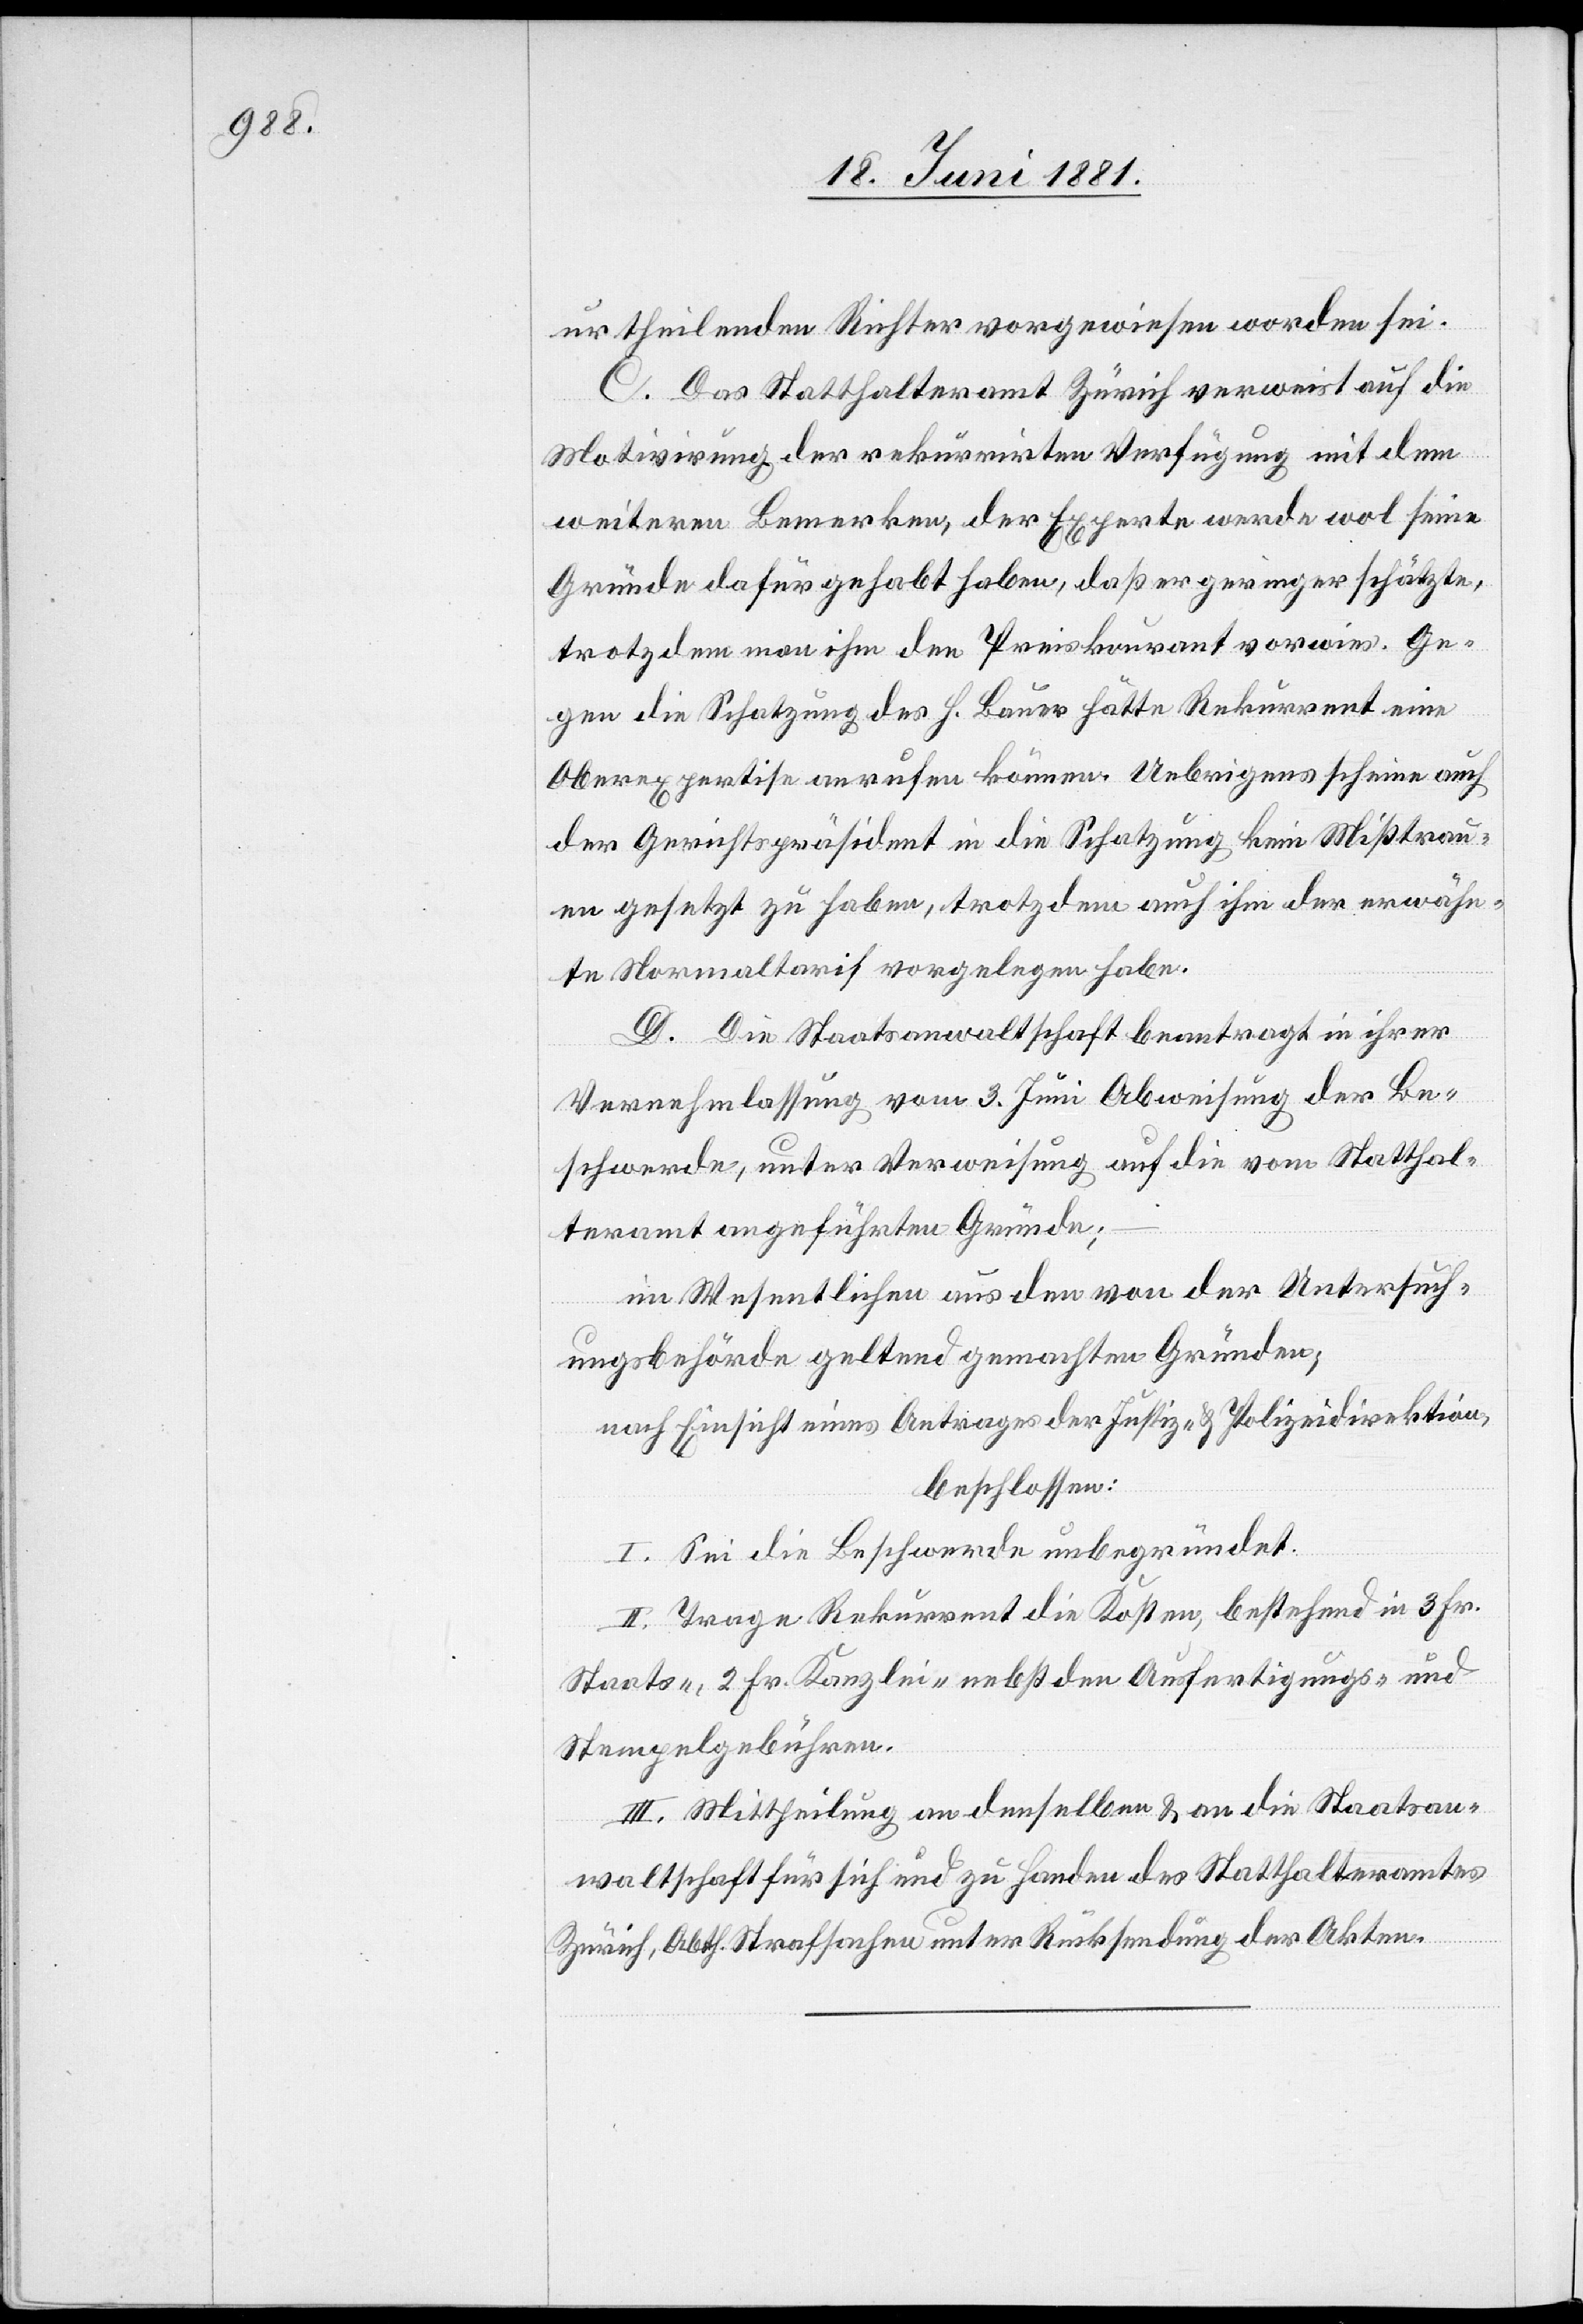
urtheilenden Richter vorgewiesen worden sei.
C. Das Statthalteramt Zürich verweist auf die
Motivirung der rekurrirten Verfügung mit dem
weitern Bemerken, der Experte werde wol seine
Gründe dafür gehabt haben, daß er geringer schätzte,
trotzdem man ihm den Preiskourant vorwies. Ge¬
gen die Schatzung des H. Bauer hätte Rekurrent eine
Oberexpertise anrufen können. Uebrigens scheine auch
der Gerichtspräsident in die Schatzung kein Mißtrau¬
en gesetzt zu haben, trotz dem auch ihm der erwähn¬
te Normaltarif vorgelegen habe.
D. Die Staatsanwaltschaft beantragt in ihrer
Vernehmlassung vom 3. Juni Abweisung der Be¬
schwerde, unter Verweisung auf die vom Statthal¬
teramt angeführten Gründe;
im Wesentlichen aus den von der Untersuch¬
ungsbehörde geltend gemachten Gründen;
nach Einsicht eines Antrages der Justiz- & Polizeidirektion,
beschlossen:
I. Sei die Beschwerde unbegründet.
II. Trage Rekurrent die Kosten, bestehend in 3 Fr.
Staats-, 2 Fr. Kanzlei- nebst den Ausfertigungs- und
Stempelgebühren.
III. Mittheilung an denselben & an die Staatsan¬
waltschaft für sich und zu Handen des Statthalteramtes
Zürich, Abth. Strafsachen unter Rücksendung der Akten.